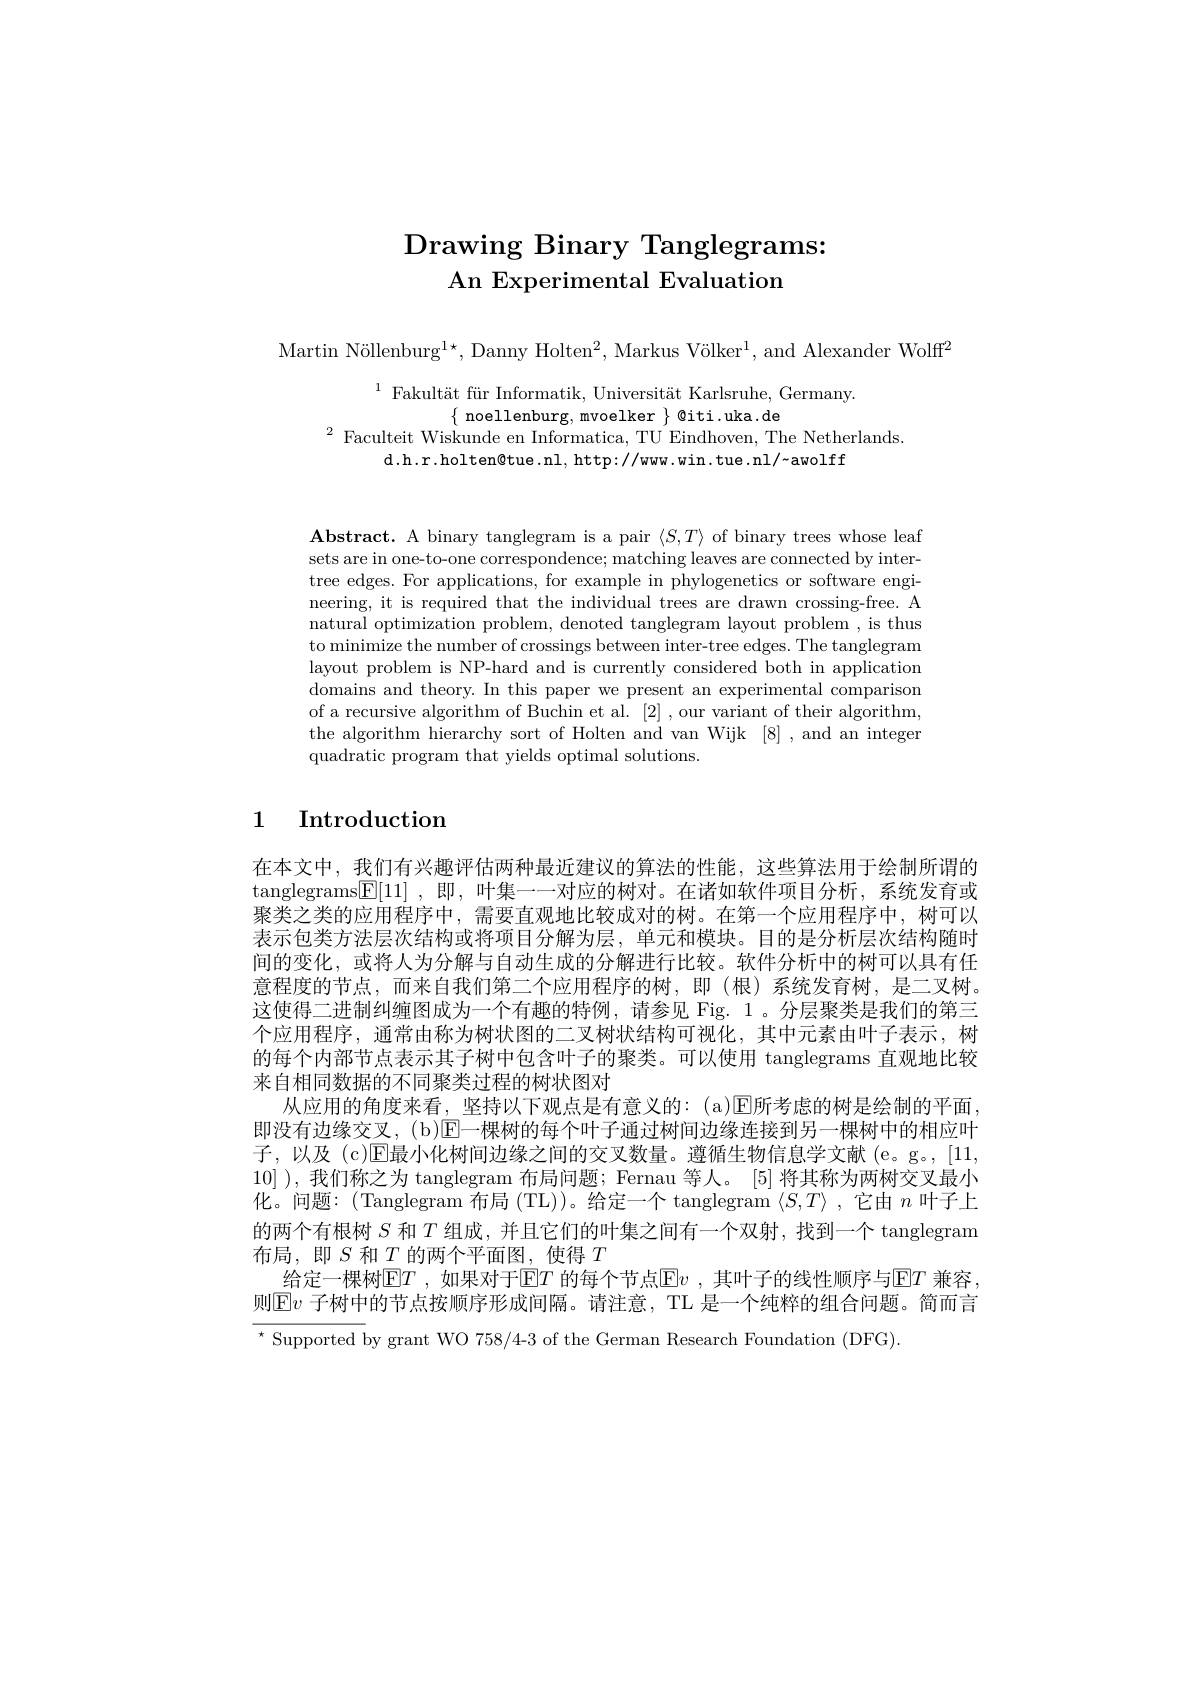
# Drawing Binary Tanglegrams: $\textbf{An Experimental Evaluation}$

Martin Nöllenburg$^1\star$,Danny Holten$^2,\text{Markus Völker}^1$, and Alexander Wolff

$^{1}$Fakultät für Informatik, Universität Karlsruhe, Germany$\{$noellenburg, mvoelker $\}$ @iti.uka.de
$^{2}$ Faculteit Wiskunde en Informatica, TU Eindhoven, The Netherlands
d.h.r.holten@tue.nl, http://ww. win. tue. nl/~awolff

Abstract. A binary tanglegram is a pair $\langle S,T\rangle$ of binary trees whose leaf sets are in one-to-one correspondence; matching leaves are connected by intertree edges. For applications, for example in phylogenetics or software engineering, it is required that the individual trees are drawn crossing-free. A natural optimization problem, denoted tanglegram layout problem , is thus to minimize the number of crossings between inter-tree edges. The tanglegram layout problem is NP-hard and is currently considered both in application domains and theory. In this paper we present an experimental comparison of a recursive algorithm of Buchin et al. [2] , our variant of their algorithm, the algorithm hierarchy sort of Holten and van Wijk [8] ,and an integer quadratic program that yields optimal solutions.

# 1 Introduction

在本文中，我们有兴趣评估两种最近建议的算法的性能，这些算法用于绘制所谓的tanglegrams$[ \mathbb{E} [ 11]$ ,即，叶集一一对应的树对。在诸如软件项目分析，系统发育或聚类之类的应用程序中，需要直观地比较成对的树。在第一个应用程序中，树可以表示包类方法层次结构或将项目分解为层，单元和模块。目的是分析层次结构随时间的变化，或将人为分解与自动生成的分解进行比较。软件分析中的树可以具有任意程度的节点，而来自我们第二个应用程序的树，即(根)系统发育树，是二叉树。这使得二进制纠缠图成为一个有趣的特例，请参见 Fig. 1。分层聚类是我们的第三个应用程序，通常由称为树状图的二叉树状结构可视化，其中元素由叶子表示，树的每个内部节点表示其子树中包含叶子的聚类。可以使用 tanglegrams 直观地比较来自相同数据的不同聚类过程的树状图对
从应用的角度来看，坚持以下观点是有意义的：(a)[E]所考虑的树是绘制的平面即没有边缘交叉，(b)[E]一棵树的每个叶子通过树间边缘连接到另一棵树中的相应叶子，以及 (c)E最小化树间边缘之间的交叉数量。遵循生物信息学文献 (e。g。, [11, 10] ), 我们称之为 tanglegram 布局问题；Fernau 等人。[5] 将其称为两树交叉最小化。问题：(Tanglegram 布局 (TL))。给定一个 tanglegram $\langle S,T\rangle$ ,它由$n$叶子上的两个有根树$S$和$T$组成，并且它们的叶集之间有一个双射，找到一个 tanglegram 布局，即$S$ 和$\underline T$的两个平面图，使得 $T$
给定一棵树E$T$ ,如果对于E$T$ 的每个节点$\mathbb{E}v$ ,其叶子的线性顺序与$\mathbb{E}T$ 兼容则$\operatorname{Ev}$ 子树中的节点按顺序形成间隔。请注意，TL 是一个纯粹的组合问题。简而言$^{\star}$Supported by grant WO 758/4-3 of the German Research Foundation (DFG)